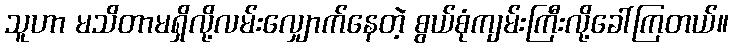
သူဟာ မသိတာမရှိလို့လမ်းလျှောက်နေတဲ့ စွယ်စုံကျမ်းကြီးလို့ခေါ်ကြတယ်။